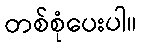
တစ်စုံပေးပါ။